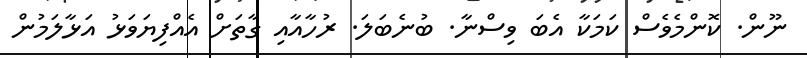
ނޫން. ކޮންމެވެސް ކަމަކާ އެބަ ވިސްނާ. ބުނެބަލަ. ރުހާއާއި ގާތަށް އެއްފިޔަވަޅު އަޅާލަމުން